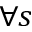
\forall s